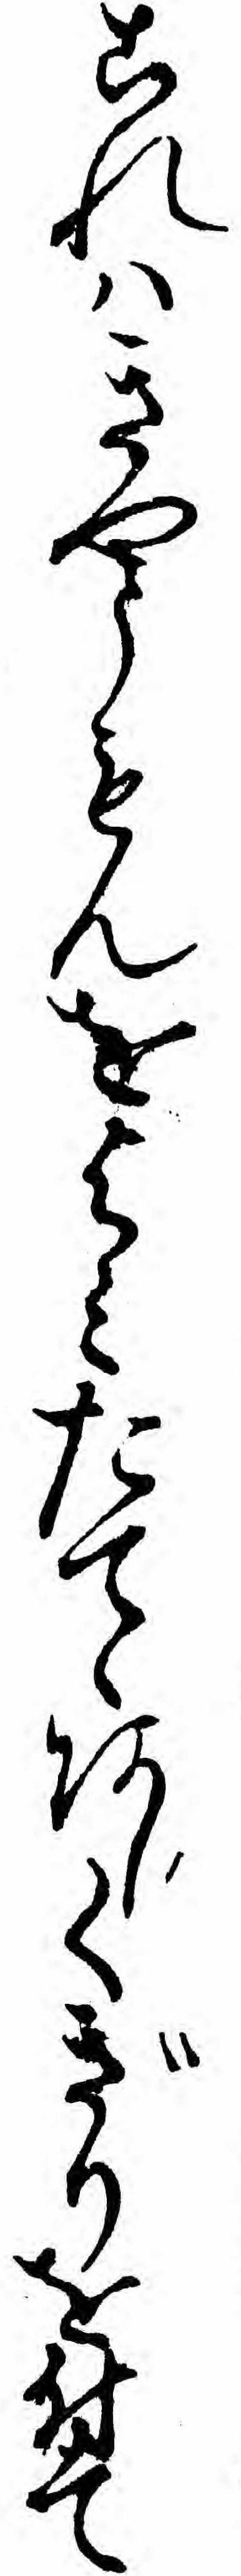
これハきやうもんをよミたてゝあしくぎりを付て